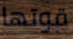
قوتها